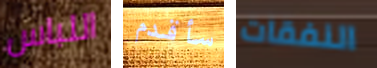
اللباس سأقدم النفقات